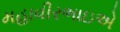
મહાવીરભાઇએ